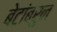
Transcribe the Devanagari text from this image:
बेटांबरुन